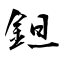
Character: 鉭